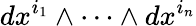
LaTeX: dx^{i_{1}}\wedge\cdots\wedge dx^{i_{n}}